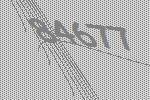
84677